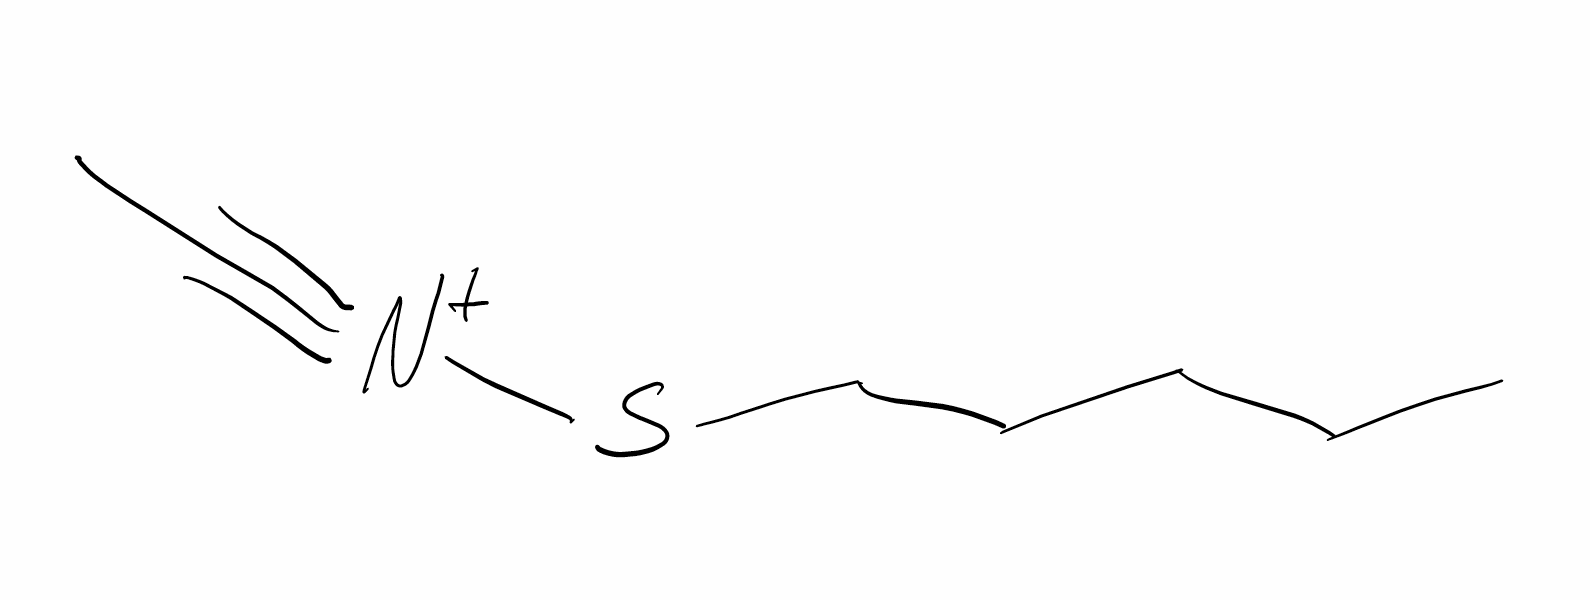
Simplified molecular-input line-entry system (SMILES) notation of the given molecule:
CCCCS[N+]#CC